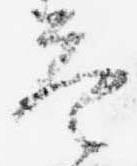
答